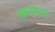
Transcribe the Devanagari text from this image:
मानणें